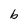
Character: b